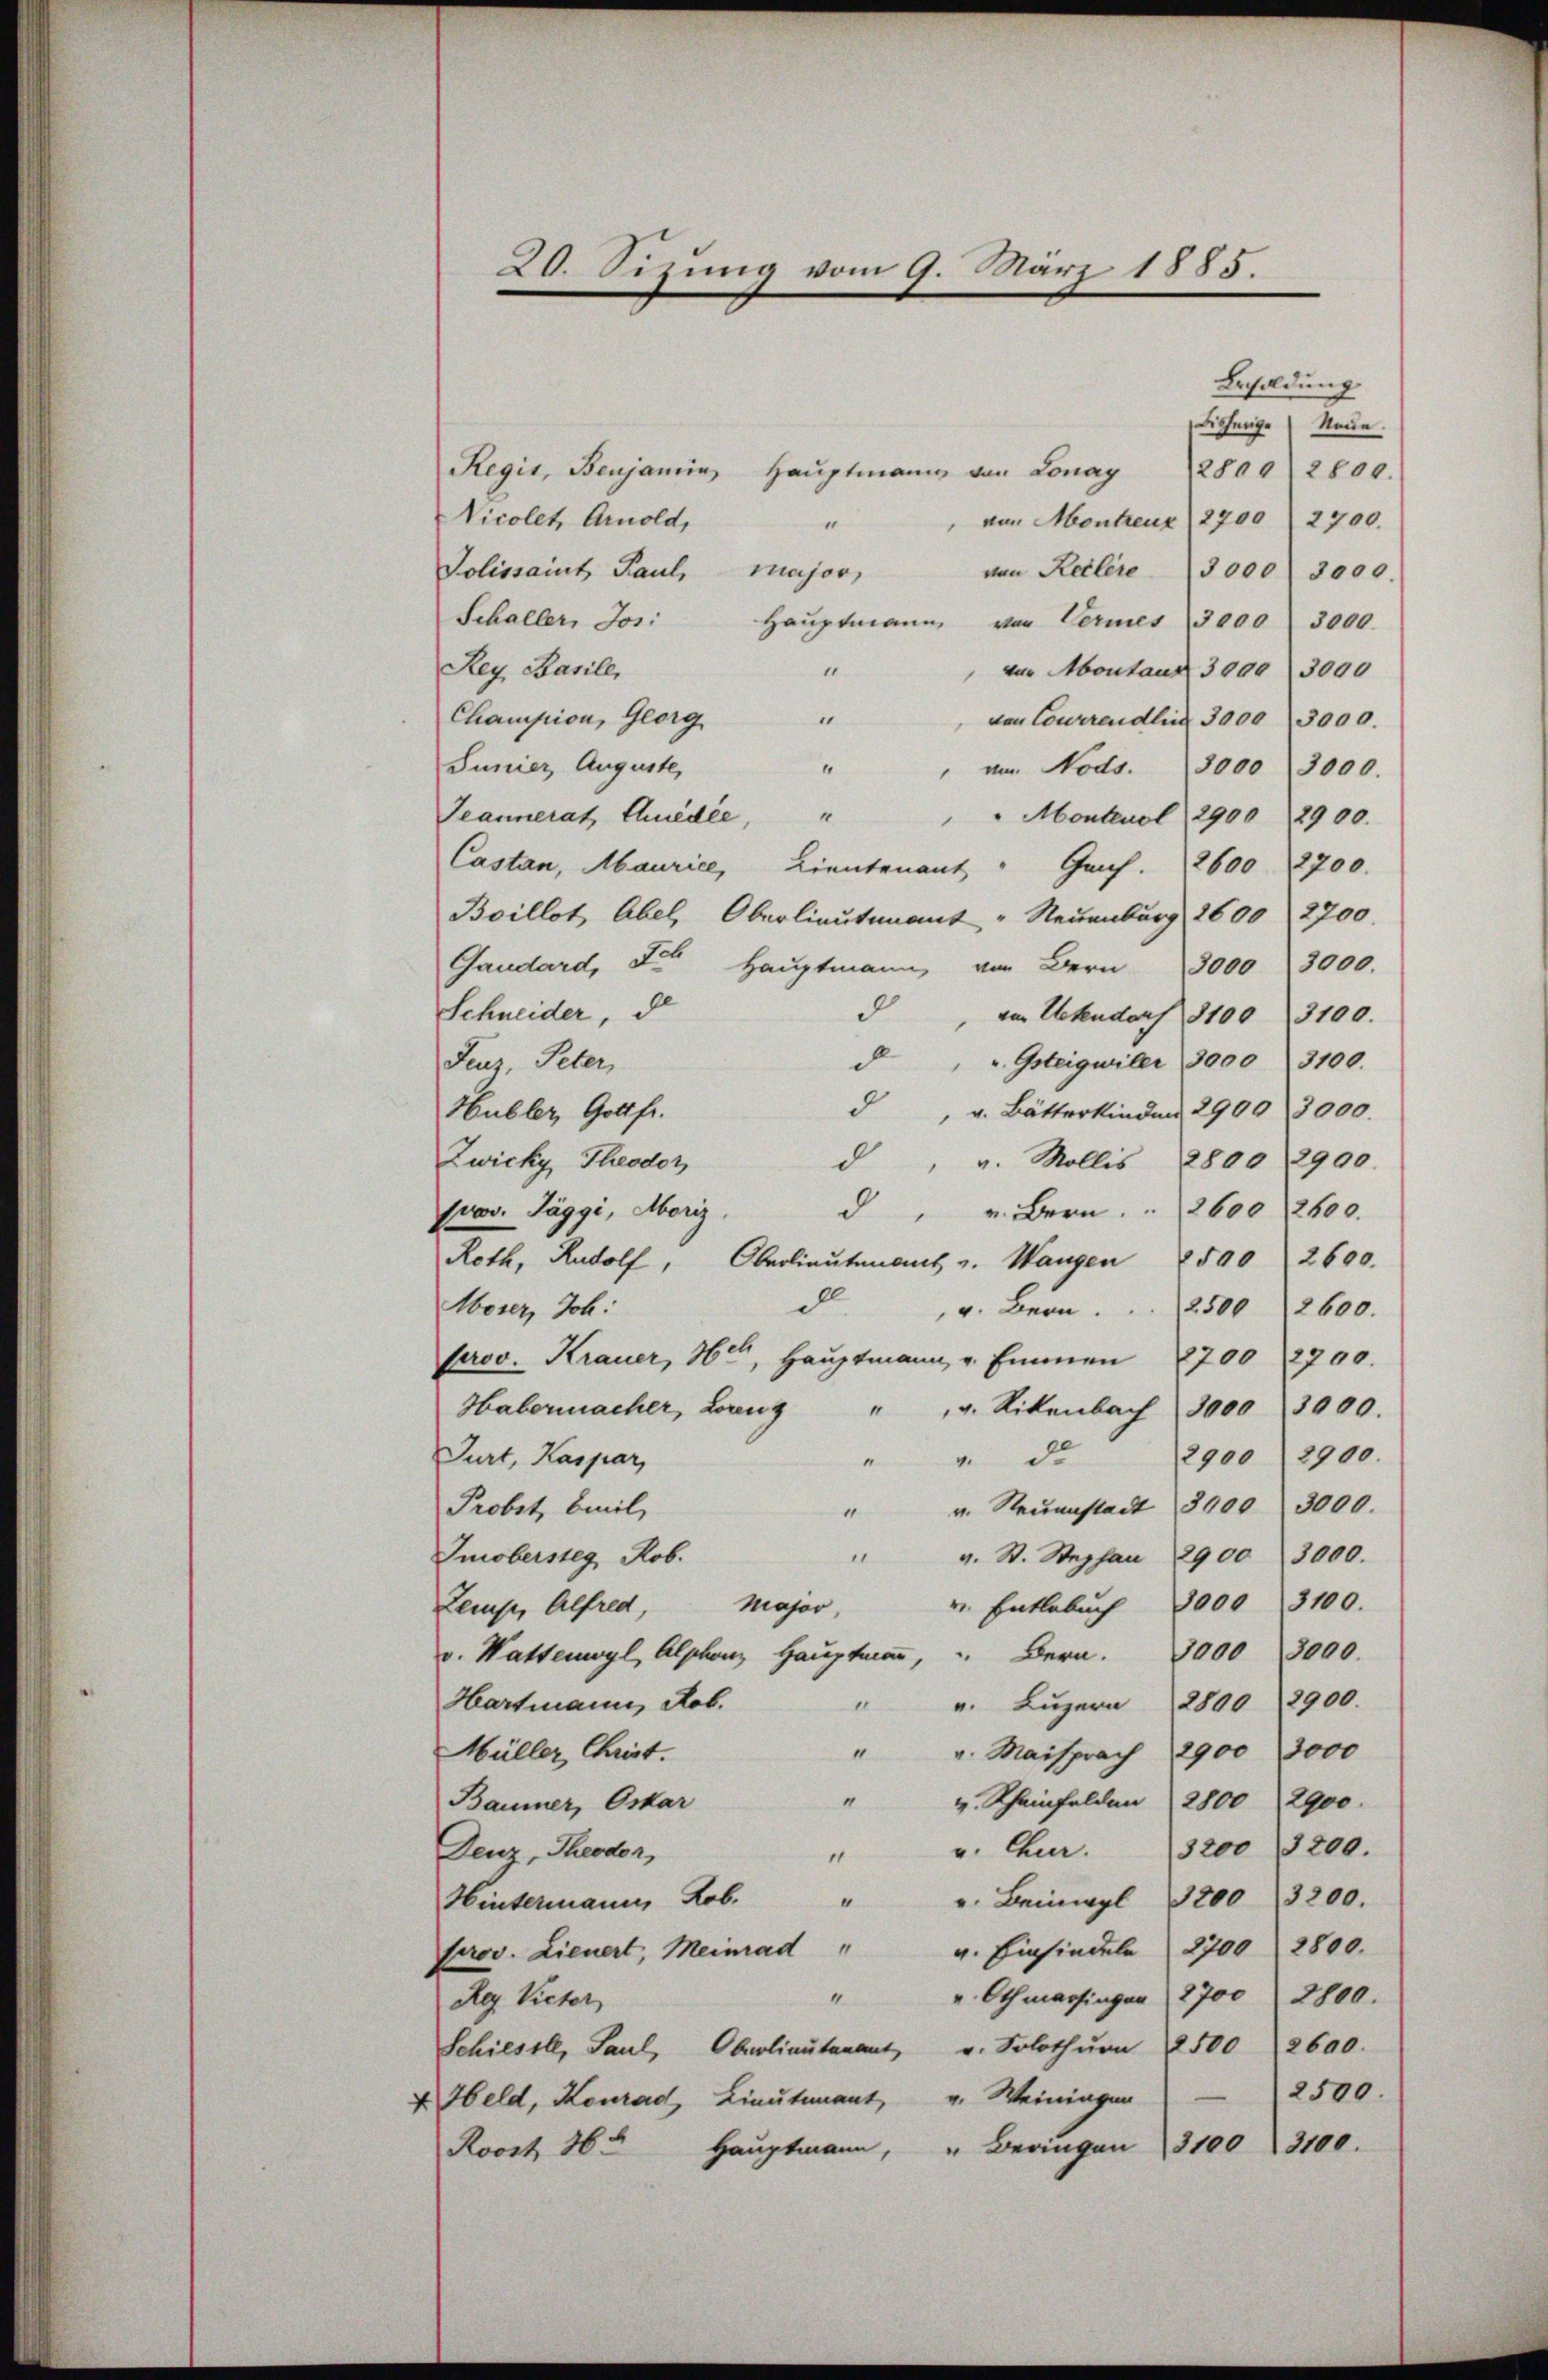
Besoldung
Bisherige Neue
Regis, Benjamin Hauptmann von Lonay
2809 12800.
Nicolet, Arnold,
von Montreuz 2700 " 2700.
e
Polissaint Paul, Major,
ven Reitere 3000. 3000.
Schaller, Jos. Haŭptmann von Vermes (3000 3000.
Rey Basile,
von Montand 3000 3000
11
1
Champion, Georg
von Courirendlin 3000 (3000.
“
Sunier, Auguste,
" am Nods. 3000 3000.
4
Seannerat Gnedie
" Montenol 29002900.
Castan, Maurice, Lieutenant " Genf. 2600 2700.
Boillot Abel, Oberlieutenant " Neuenburg 1600 2700.
Gaudard, der Haŭptmann, von Bern 3000 3000.
d
Schneider, d
von Untendorf 8100. 3100.
 "Gsteigwiler 3000. 3100.
Feuz, Peter,
d
 v. Bätterkinden 2900, 3000.
Hubler, Gottfr.
Zwicky Theodor
d
" v. Mollis 8800 2900.
prov. Täggi, Moriz
d u. Bern . . 2600 2600.
Roth, Rudolf, Oberlieutenant v. Wangen 2500 2600.
d
Morer, Joh:
v. Bern . . . 2500 2600.
Perov. Krauer, 16., Haŭptmann, u. Emmen 700 2700.
Habermacher, Lang
" v. Rikenbach 3000 3000.
2900 2900.
Purt, Kaspar,
“
" de
v. Neŭstadt 3000. 3000.
Probst, bail,
“
Imobersteg Rob.
" v. St. Stephan 2900. 3000.
v. Entlebuch 3000 3100.
Major,
Zemp, Alfred,
v. Wattenwyl, Alphon Haŭptmann, " Bern. 3000  3000.
v. Luzern 2800 2900.
Hartmann, Rob.
18
Müller, Christ.
"
v. Maisprach 2900 3000
“
v. Scheinfelden 2800 2900.
Baumer, Oskar
3200 3200.
u. Chur.
Denz, Theodor
“
" " Beinwyl 1200 3200.
Hintermann, Rob.
v. Einsiedeln 2700 2800.
prov. Lieuert, Meinrad "
 Othmarsingen 2700 2800.
“
Reg. Victor
Schiesste, Paul, Oberlieŭtenant u. Solothŭrn 2500 2600.
2500.
v. Weiningen
4 Held, Konrad, Lieutenant,
" Beringen 3100. 3100.
Roost 364 Hauptmann,

20. Sizung vom 9. März 1885.